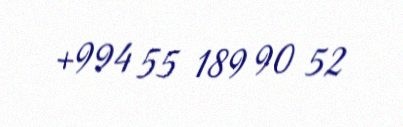
+994 55 189 90 52